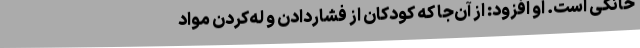
خانگی است. او افزود: از آن‌جا که کودکان از فشاردادن و له‌کردن مواد